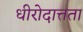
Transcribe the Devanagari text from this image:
धीरोदात्तता